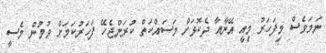
ނަމަވެސް މިފަހަރު މިއީ އޭނާއާ ދެކޮޅަށް މަސައްކަތް ކުރަންޖެހޭ ފަހަރުކަމަށް ވުމުން މެސީ